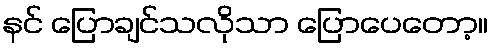
နင် ပြောချင်သလိုသာ ပြောပေတော့။